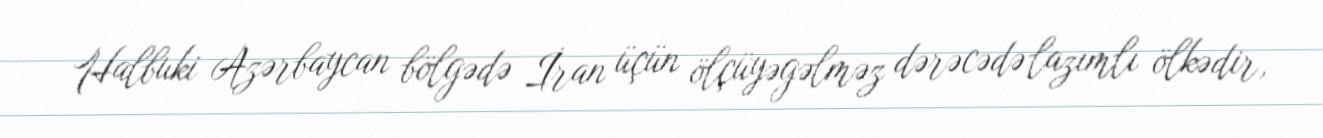
Halbuki Azərbaycan bölgədə İran üçün ölçüyəgəlməz dərəcədə lazımlı ölkədir,